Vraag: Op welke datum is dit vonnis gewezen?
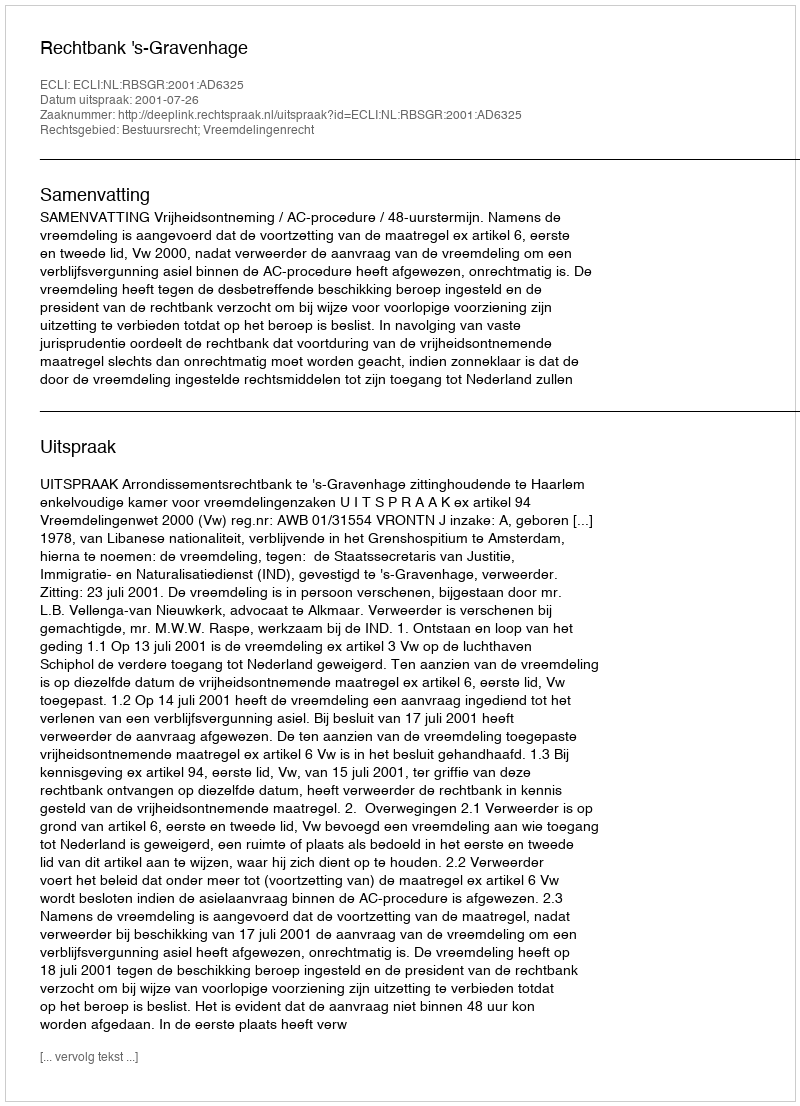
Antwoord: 2001-07-26